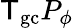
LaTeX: {\sf\mathsf{T}}_{\mathrm{{gc}}}P_{\phi}